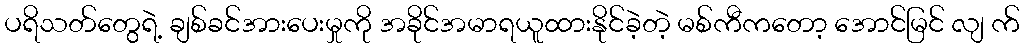
ပရိသတ်တွေရဲ့ ချစ်ခင်အားပေးမှုကို အခိုင်အမာရယူထားနိုင်ခဲ့တဲ့ မစ်ကီကတော့ အောင်မြင် လျ က်